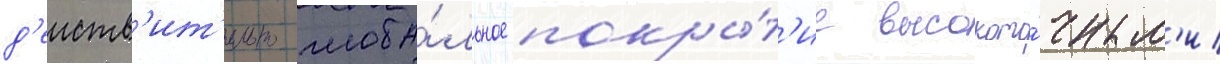
д'еиств'ит'ельно глоба́льное покры́т'ие высокото́чным'и